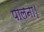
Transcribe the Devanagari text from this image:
पालना।